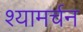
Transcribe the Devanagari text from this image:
श्यामर्चन